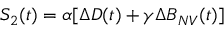
S _ { 2 } ( t ) = \alpha [ \Delta D ( t ) + \gamma \Delta B _ { N V } ( t ) ]